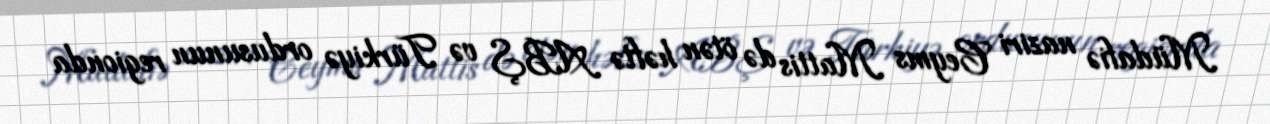
Müdafiə naziri Ceyms Mattis də ötən həftə ABŞ və Türkiyə ordusunun regionda